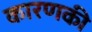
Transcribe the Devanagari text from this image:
कारणकी